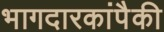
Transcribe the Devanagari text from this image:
भागदारकांपैकी